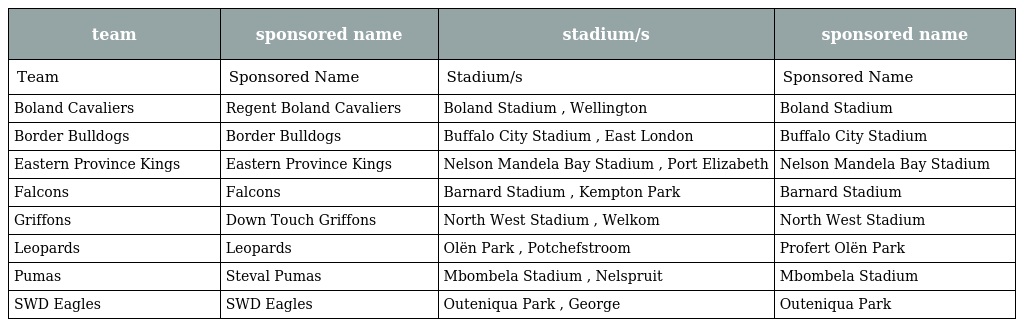
| team | sponsored name | stadium/s | sponsored name |
 | --- | --- | --- | --- |
 | Team | Sponsored Name | Stadium/s | Sponsored Name |
 | Boland Cavaliers | Regent Boland Cavaliers | Boland Stadium , Wellington | Boland Stadium |
 | Border Bulldogs | Border Bulldogs | Buffalo City Stadium , East London | Buffalo City Stadium |
 | Eastern Province Kings | Eastern Province Kings | Nelson Mandela Bay Stadium , Port Elizabeth | Nelson Mandela Bay Stadium |
 | Falcons | Falcons | Barnard Stadium , Kempton Park | Barnard Stadium |
 | Griffons | Down Touch Griffons | North West Stadium , Welkom | North West Stadium |
 | Leopards | Leopards | Olën Park , Potchefstroom | Profert Olën Park |
 | Pumas | Steval Pumas | Mbombela Stadium , Nelspruit | Mbombela Stadium |
 | SWD Eagles | SWD Eagles | Outeniqua Park , George | Outeniqua Park |